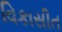
વિકાસીત